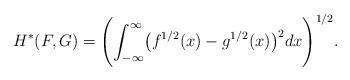
LaTeX: \begin{align*} H^*(F,G)= \Biggl(\int_{-\infty}^{\infty}\bigl(f^{1/2}(x)-g^{1/2}(x) \bigr)^2dx\Biggr)^{1/2}.\end{align*}